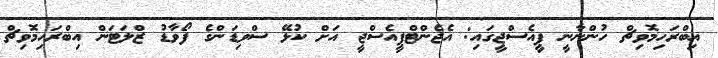
އިބްރަހިމޮވިޗް ހުންނާނީ ޕީއެސްޖީގައި: އެޖެންޓްޕީއެސްޖީ އަށް ކުޅޭ ސްވިޑަންގެ ފޯވާޑު ޒްލަޓަން އިބްރަހިމޮވިޗް